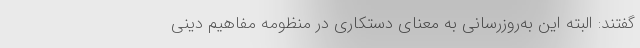
گفتند: البته این به‌روزرسانی به معنای دستکاری در منظومه مفاهیم دینی